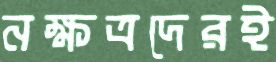
নক্ষত্রদেরই